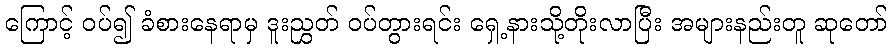
ကြောင့် ဝပ်၍ ခံစားနေရာမှ ဒူးညွှတ် ဝပ်တွားရင်း ရှေ့နားသို့တိုးလာပြီး အများနည်းတူ ဆုတော်